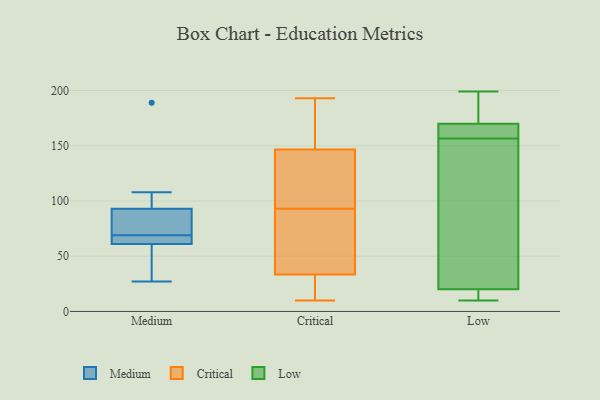
{"axis": {"x": "Backlog", "y": "Value"}, "legend": ["Critical", "Low", "Medium"], "data": [{"x": "", "y": 73, "type": "Medium"}, {"x": "", "y": 27, "type": "Medium"}, {"x": "", "y": 65, "type": "Medium"}, {"x": "", "y": 90, "type": "Medium"}, {"x": "", "y": 93, "type": "Medium"}, {"x": "", "y": 61, "type": "Medium"}, {"x": "", "y": 189, "type": "Medium"}, {"x": "", "y": 62, "type": "Medium"}, {"x": "", "y": 108, "type": "Medium"}, {"x": "", "y": 36, "type": "Medium"}, {"x": "", "y": 38, "type": "Critical"}, {"x": "", "y": 10, "type": "Critical"}, {"x": "", "y": 99, "type": "Critical"}, {"x": "", "y": 161, "type": "Critical"}, {"x": "", "y": 140, "type": "Critical"}, {"x": "", "y": 22, "type": "Critical"}, {"x": "", "y": 136, "type": "Critical"}, {"x": "", "y": 29, "type": "Critical"}, {"x": "", "y": 193, "type": "Critical"}, {"x": "", "y": 153, "type": "Critical"}, {"x": "", "y": 62, "type": "Critical"}, {"x": "", "y": 87, "type": "Critical"}, {"x": "", "y": 11, "type": "Low"}, {"x": "", "y": 147, "type": "Low"}, {"x": "", "y": 166, "type": "Low"}, {"x": "", "y": 199, "type": "Low"}, {"x": "", "y": 20, "type": "Low"}, {"x": "", "y": 170, "type": "Low"}, {"x": "", "y": 10, "type": "Low"}, {"x": "", "y": 97, "type": "Low"}, {"x": "", "y": 183, "type": "Low"}, {"x": "", "y": 167, "type": "Low"}]}